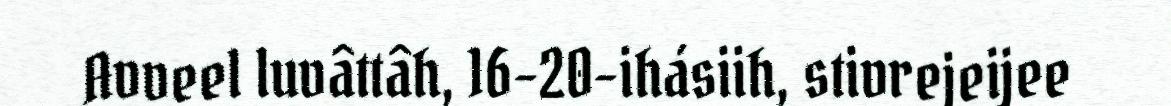
Avveel luvâttâh, 16-20-ihásiih, stivrejeijee